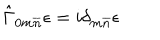
LaTeX: \hat { \Gamma } _ { 0 m \overline { { { n } } } } \epsilon = i \delta _ { m \overline { { { n } } } } \epsilon